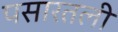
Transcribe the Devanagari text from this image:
पसारतली